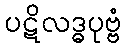
ပဋိလဒ္ဓပုဗ္ဗံ